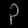
Digit: ၃